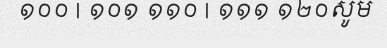
១០០ | ១០១ ១១០ | ១១១ ១២០សូម